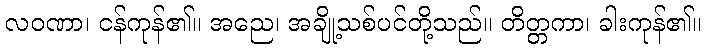
လဝဏာ၊ ငန်ကုန်၏။ အညေ၊ အချို့သစ်ပင်တို့သည်။ တိတ္တကာ၊ ခါးကုန်၏။